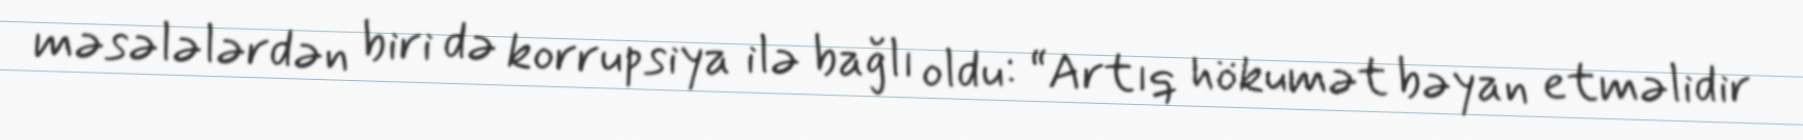
məsələlərdən biri də korrupsiya ilə bağlı oldu: “Artıq hökumət bəyan etməlidir